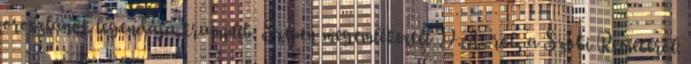
oroszlánok legendája krumplib: Szépen megemlékeztél D.A.-ról, a Szobi Remetéről: